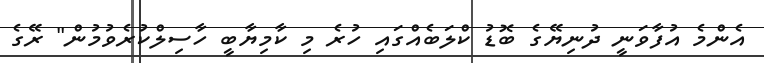
އެންމެ އުފާވަނީ ދުނިޔޭގެ ބޮޑު ކްލަބެއްގައި ހުރެ މި ކާމިޔާބީ ހާސިލްކުރެވުމުން" ރޭގެ